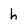
Character: h